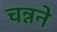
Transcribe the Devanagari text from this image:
चन्नने